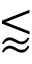
\lessapprox